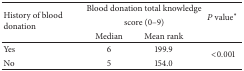
| <ROWSPAN=3> History of blood donation | <COLSPAN=2> Blood donation total knowledge | <ROWSPAN=3> P value* |
 | <COLSPAN=2> score (0–9) |
 | Median | Mean rank |
 | --- | --- | --- | --- |
 | Yes | 6 | 199.9 | <ROWSPAN=2> <0.001 |
 | No | 5 | 154.0 |